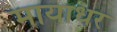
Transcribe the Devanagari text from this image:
मायाधर